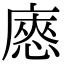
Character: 㥷